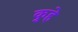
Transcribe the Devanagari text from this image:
कुर्‍हे